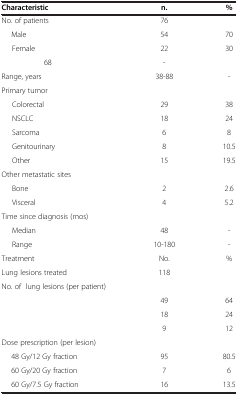
<table><thead><tr><td><b>Characteristic</b></td><td><b>n.</b></td><td><b>%</b></td></tr></thead><tbody><tr><td>No. of patients</td><td>76</td><td> </td></tr><tr><td>Male</td><td>54</td><td>70</td></tr><tr><td>Female</td><td>22</td><td>30</td></tr><tr><td>68</td><td>-</td><td> </td></tr><tr><td>Range, years</td><td>38-88</td><td>-</td></tr><tr><td>Primary tumor</td><td> </td><td> </td></tr><tr><td>Colorectal</td><td>29</td><td>38</td></tr><tr><td>NSCLC</td><td>18</td><td>24</td></tr><tr><td>Sarcoma</td><td>6</td><td>8</td></tr><tr><td>Genitourinary</td><td>8</td><td>10.5</td></tr><tr><td>Other</td><td>15</td><td>19.5</td></tr><tr><td>Other metastatic sites</td><td> </td><td> </td></tr><tr><td>Bone</td><td>2</td><td>2.6</td></tr><tr><td>Visceral</td><td>4</td><td>5.2</td></tr><tr><td>Time since diagnosis (mos)</td><td> </td><td> </td></tr><tr><td>Median</td><td>48</td><td>-</td></tr><tr><td>Range</td><td>10-180</td><td>-</td></tr><tr><td>Treatment</td><td>No.</td><td>%</td></tr><tr><td>Lung lesions treated</td><td>118</td><td> </td></tr><tr><td>No. of lung lesions (per patient)</td><td> </td><td> </td></tr><tr><td> </td><td>49</td><td>64</td></tr><tr><td> </td><td>18</td><td>24</td></tr><tr><td> </td><td>9</td><td>12</td></tr><tr><td>Dose prescription (per lesion)</td><td> </td><td> </td></tr><tr><td>48 Gy/12 Gy fraction</td><td>95</td><td>80.5</td></tr><tr><td>60 Gy/20 Gy fraction</td><td>7</td><td>6</td></tr><tr><td>60 Gy/7.5 Gy fraction</td><td>16</td><td>13.5</td></tr></tbody></table>